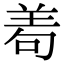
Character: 𦰶